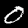
Digit: 0